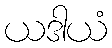
ယဒါယံ